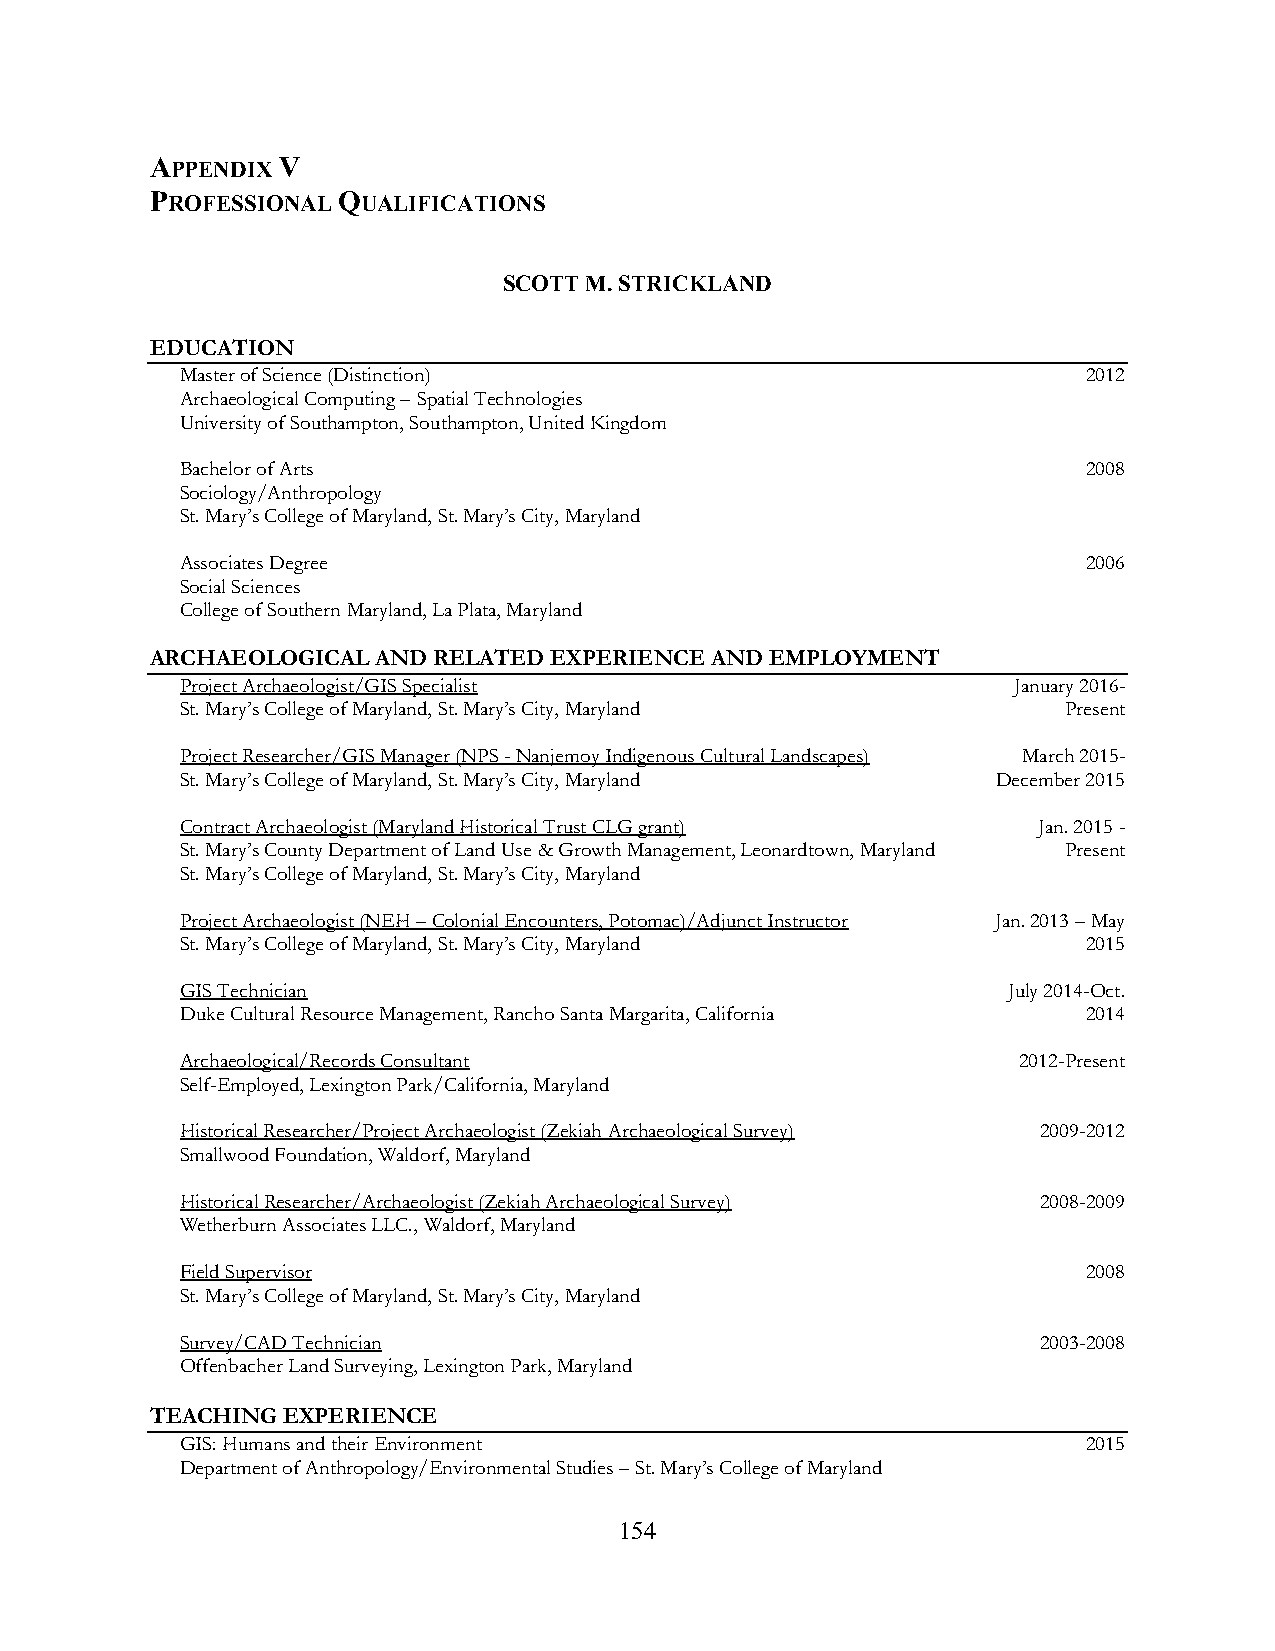
APPENDIX V
 PROFESSIONAL QUALIFICATIONS
 SCOTT M. STRICKLAND
 EDUCATION
 Master of Science (Distinction)                             2012
 Archaeological Computing – Spatial Technologies
 University of Southampton, Southampton, United Kingdom
 Bachelor of Arts                                            2008
 Sociology/Anthropology
 St. Mary’s College of Maryland, St. Mary’s City, Maryland
 Associates Degree                                           2006
 Social Sciences
 College of Southern Maryland, La Plata, Maryland
 ARCHAEOLOGICAL AND RELATED EXPERIENCE AND EMPLOYMENT
 Project Archaeologist/GIS Specialist                   January 2016-
 St. Mary’s College of Maryland, St. Mary’s City, Maryland Present
 Project Researcher/GIS Manager (NPS - Nanjemoy Indigenous Cultural Landscapes) March 2015-
 St. Mary’s College of Maryland, St. Mary’s City, Maryland December 2015
 Contract Archaeologist (Maryland Historical Trust CLG grant) Jan. 2015 -
 St. Mary’s County Department of Land Use & Growth Management, Leonardtown, Maryland Present
 St. Mary’s College of Maryland, St. Mary’s City, Maryland
 Project Archaeologist (NEH – Colonial Encounters, Potomac)/Adjunct Instructor Jan. 2013 – May
 St. Mary’s College of Maryland, St. Mary’s City, Maryland   2015
 GIS Technician                                         July 2014-Oct.
 Duke Cultural Resource Management, Rancho Santa Margarita, California 2014
 Archaeological/Records Consultant                      2012-Present
 Self-Employed, Lexington Park/California, Maryland
 Historical Researcher/Project Archaeologist (Zekiah Archaeological Survey) 2009-2012
 Smallwood Foundation, Waldorf, Maryland
 Historical Researcher/Archaeologist (Zekiah Archaeological Survey) 2008-2009
 Wetherburn Associates LLC., Waldorf, Maryland
 Field Supervisor                                            2008
 St. Mary’s College of Maryland, St. Mary’s City, Maryland
 Survey/CAD Technician                                    2003-2008
 Offenbacher Land Surveying, Lexington Park, Maryland
 TEACHING EXPERIENCE
 GIS: Humans and their Environment                           2015
 Department of Anthropology/Environmental Studies – St. Mary’s College of Maryland
 154